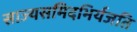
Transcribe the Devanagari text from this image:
साज्यसमिदभिर्यजति